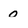
Character: O